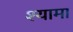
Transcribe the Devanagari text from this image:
श्‍यामा